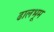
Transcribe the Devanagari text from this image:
ढालभूम